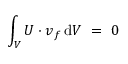
\int _ { V } \boldsymbol { U } \boldsymbol { \cdot } \boldsymbol { v } _ { f } \, \mathrm { d } V ~ = ~ 0